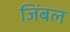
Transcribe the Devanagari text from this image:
जिंबल